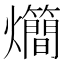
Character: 𤓃